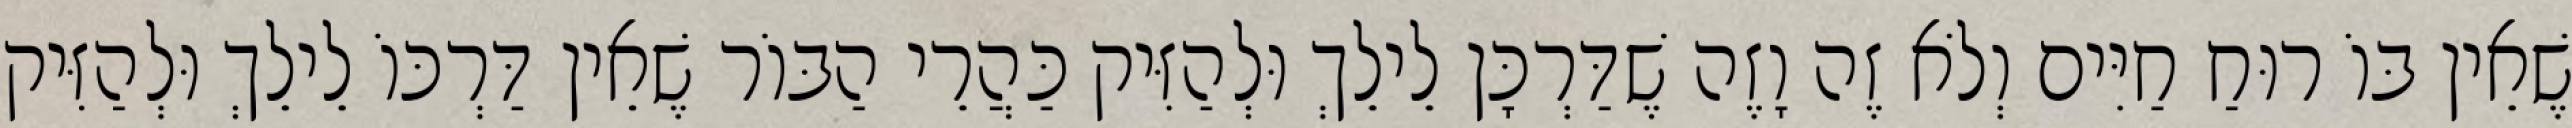
שֶׁאֵין בּוֹ רוּחַ חַיִּים וְלֹא זֶה וָזֶה שֶׁדַּרְכָּן לֵילֵךְ וּלְהַזִּיק כַּהֲרֵי הַבּוֹר שֶׁאֵין דַּרְכּוֹ לֵילֵךְ וּלְהַזִּיק